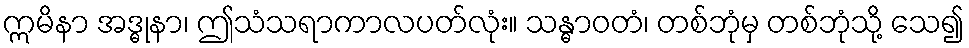
ဣမိနာ အဒ္ဓုနာ၊ ဤသံသရာကာလပတ်လုံး။ သန္ဓာဝတံ၊ တစ်ဘုံမှ တစ်ဘုံသို့ သေ၍